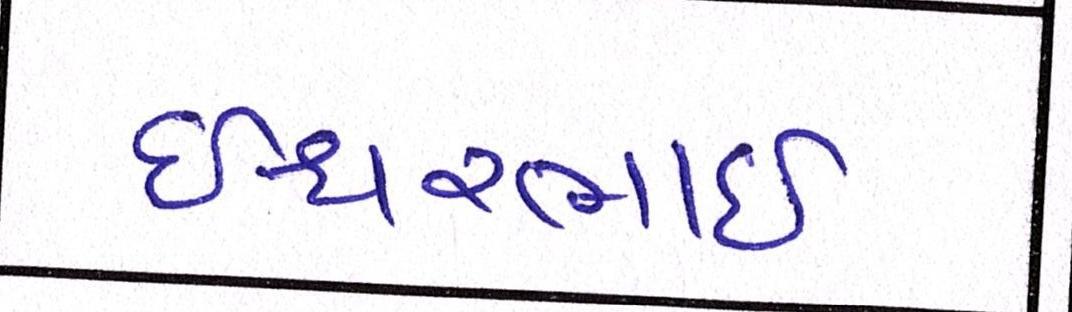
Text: ઇશ્વરભાઇ